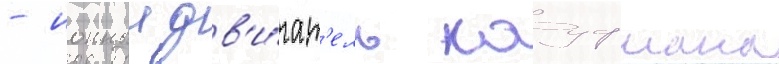
- ионныи дв'и́гат'ель кауфмана